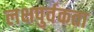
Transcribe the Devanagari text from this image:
लक्षपुर्वकता